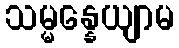
သမ္မန္နေယျာမ